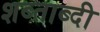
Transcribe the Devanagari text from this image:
शब्ताब्दी